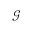
\mathcal { G }